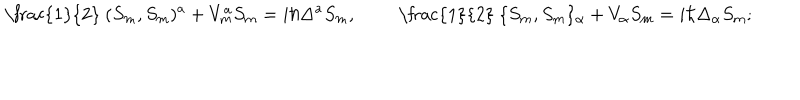
LaTeX: \mathrm { ~ \frac { 1 } { 2 } ~ } ( S _ { m } , S _ { m } ) ^ { a } + V _ { m } ^ { a } S _ { m } = i \hbar \Delta ^ { a } S _ { m } , \qquad \mathrm { ~ \frac { 1 } { 2 } ~ } \{ S _ { m } , S _ { m } \} _ { \alpha } + V _ { \alpha } S _ { m } = i \hbar \Delta _ { \alpha } S _ { m } ;